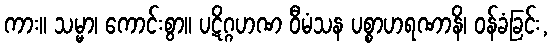
ကား။ သမ္မာ၊ ကောင်းစွာ။ ပဋိဂ္ဂဟဏ ဝီမံသန ပစ္စာဟရဏာနိ၊ ဝန်ခံခြင်း,